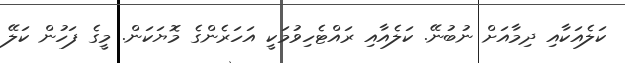
ކަލެއަކާއި ދިމާއަށް ނުބުނޭ. ކަލެއާއި ރައްޓެހިވުމަކީ އަހަރެންގެ މޮޔަކަން. މީގެ ފަހުން ކަލޭ